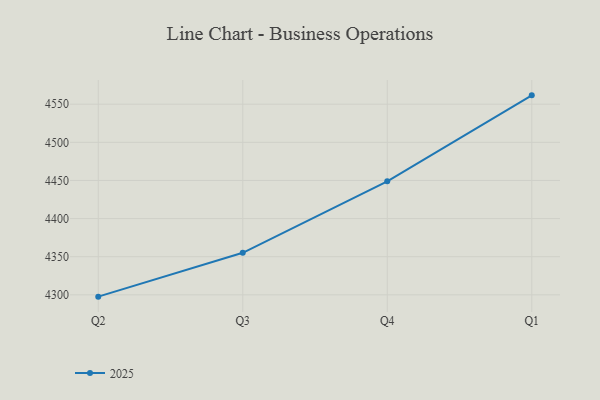
{"axis": {"x": "Quarter", "y": "Latency (ms)"}, "legend": ["2025"], "data": [{"x": "Q2", "y": 4297.6, "type": "2025"}, {"x": "Q3", "y": 4355.1, "type": "2025"}, {"x": "Q4", "y": 4448.9, "type": "2025"}, {"x": "Q1", "y": 4561.6, "type": "2025"}]}